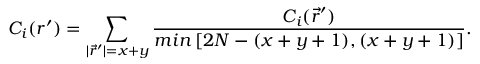
C _ { i } ( r ^ { \prime } ) = \sum _ { | \vec { r } ^ { \prime } | = x + y } \frac { C _ { i } ( \vec { r } ^ { \prime } ) } { m i n \left[ 2 N - ( x + y + 1 ) , ( x + y + 1 ) \right] } .